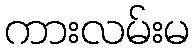
ကားလမ်းမ